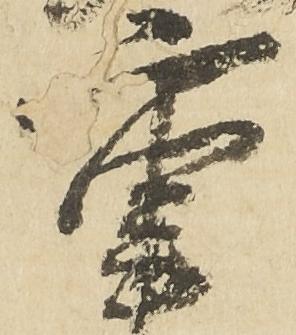
重